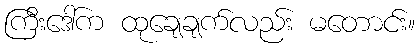
ကြီးဒေါ်က ထုချေချက်လည်း မတောင်း။